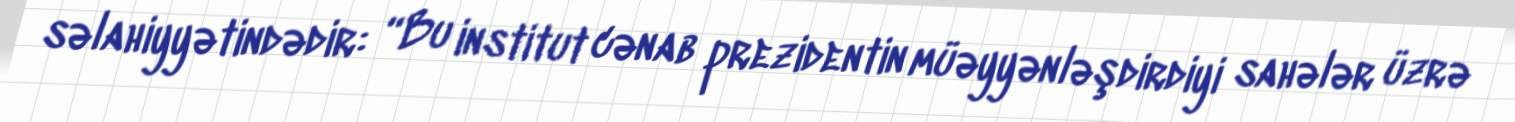
səlahiyyətindədir: “Bu institut cənab prezidentin müəyyənləşdirdiyi sahələr üzrə